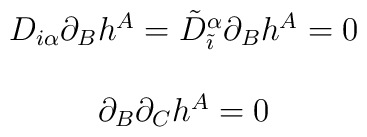
\begin{array}{c}D_{i\alpha}\partial_{B}h^{A}=\tilde{D}_{\tilde{\imath}}^{\alpha}\partial_{B}h^{A}=0\\{}\\\partial_{B}\partial_{C}h^{A}=0\end{array}